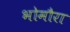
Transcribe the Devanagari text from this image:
भोमौरा